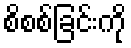
စိစစ်ခြင်းကို